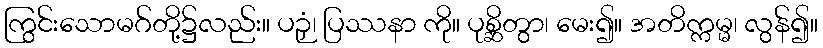
ကြွင်းသောမဂ်တို့၌လည်း။ ပဉှံ၊ ပြဿနာ ကို။ ပုစ္ဆိတွာ၊ မေး၍။ အတိက္ကမ္မ၊ လွန်၍။